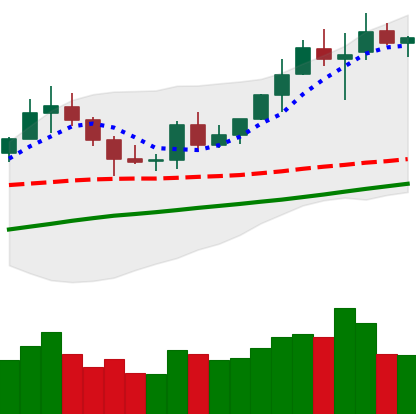
Ticker: BNB-USD
Chart end date: 2020-07-30
Forward return: 11.342%
Label: up_7plus